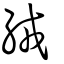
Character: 絨